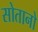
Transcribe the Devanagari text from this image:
सोतानो